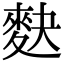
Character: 𪌊